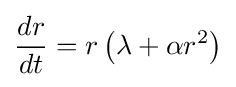
{\frac {dr}{dt}}=r\left(\lambda +\alpha r^{2}\right)